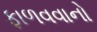
ફાળવવાનો